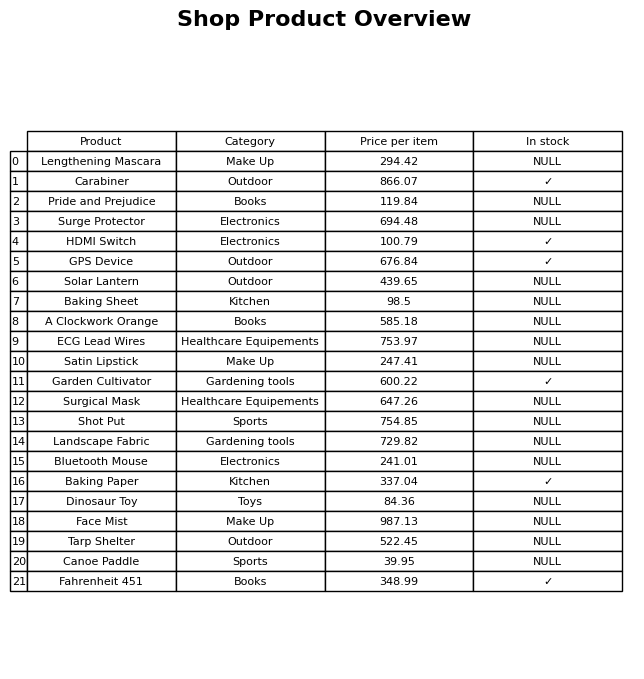
question: What is the price for HDMI Switch?
answer: The price of HDMI Switch is 100.79.